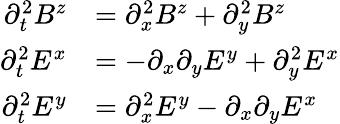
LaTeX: \begin{array}{rl}{\partial_{t}^{2}B^{z}}&{=\partial_{x}^{2}B^{z}+\partial_{y}^{2}B^{z}}\\ {\partial_{t}^{2}E^{x}}&{=-\partial_{x}\partial_{y}E^{y}+\partial_{y}^{2}E^{x}}\\ {\partial_{t}^{2}E^{y}}&{=\partial_{x}^{2}E^{y}-\partial_{x}\partial_{y}E^{x}}\end{array}